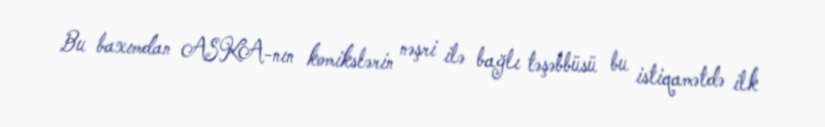
Bu baxımdan ASKA-nın komikslərin nəşri ilə bağlı təşəbbüsü bu istiqamətdə ilk